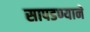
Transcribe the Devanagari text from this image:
सापडण्याने